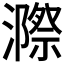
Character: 𭳋